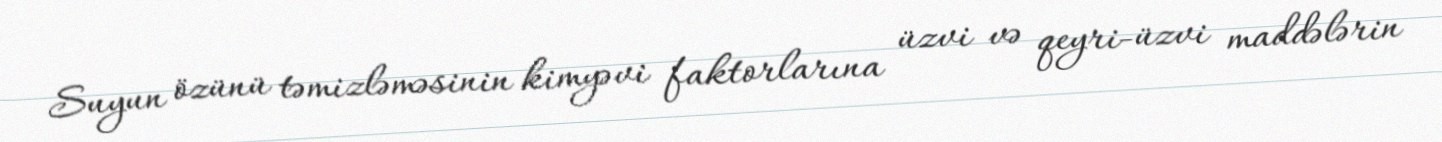
Suyun özünü təmizləməsinin kimyəvi faktorlarına üzvi və qeyri-üzvi maddələrin